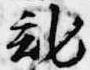
記